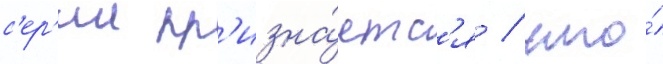
с'ер'ии пр'изна́етс'я / что́